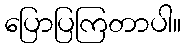
ပြောပြကြတာပါ။